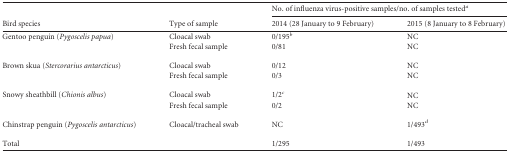
<table><thead><tr><td rowspan="2"><b>Bird species</b></td><td rowspan="2"><b>Type of sample</b></td><td colspan="2"><b>No. of influenza virus-positive samples/no. of samples tested<sup><i>a</i></sup></b></td></tr><tr><td><b>2014 (28 January to 9 February)</b></td><td><b>2015 (8 January to 8 February)</b></td></tr></thead><tbody><tr><td>Gentoo penguin (Pygoscelis papua)</td><td>Cloacal swab</td><td>0/195<sup><i>b</i></sup></td><td>NC</td></tr><tr><td></td><td>Fresh fecal sample</td><td>0/81</td><td>NC</td></tr><tr><td>Brown skua (Stercorarius antarcticus)</td><td>Cloacal swab</td><td>0/12</td><td>NC</td></tr><tr><td></td><td>Fresh fecal sample</td><td>0/3</td><td>NC</td></tr><tr><td>Snowy sheathbill (Chionis albus)</td><td>Cloacal swab</td><td>1/2<sup><i>c</i></sup></td><td>NC</td></tr><tr><td></td><td>Fresh fecal sample</td><td>0/2</td><td>NC</td></tr><tr><td>Chinstrap penguin (Pygoscelis antarcticus)</td><td>Cloacal/tracheal swab</td><td>NC</td><td>1/493<sup><i>d</i></sup></td></tr><tr><td>Total</td><td></td><td>1/295</td><td>1/493</td></tr></tbody></table>